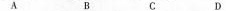
A B C D